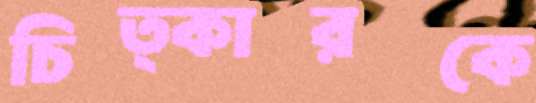
চিত্কারকে